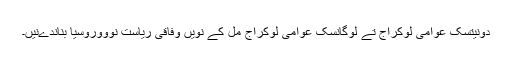
دونیتسک عوامی لوکراج تے لوگانسک عوامی لوکراج مل کے نویں وفاقی ریاست نوووروسیا بناندےنیں۔